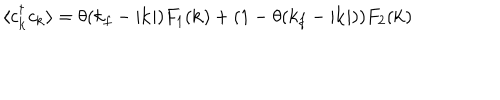
\langle c _ { { \bf { k } } } ^ { \dagger } c _ { { \bf { k } } } \rangle = \theta ( k _ { f } - | { \bf { k } } | ) F _ { 1 } ( { \bf { k } } ) + ( 1 - \theta ( k _ { f } - | { \bf { k } } | ) ) F _ { 2 } ( { \bf { k } } )